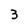
Character: 3